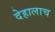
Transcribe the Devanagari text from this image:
देहालाच